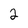
Character: 2